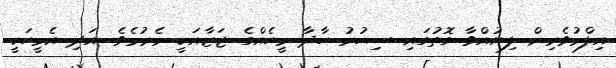
އިލްމުވެރިން ލިޔުއްވާ ގޮތުގައި ސިހުރު ހާދާ މީހެއްގެ ޖަޒާއަކީ މެރުމެވެ. އަދި އެމީހަކީ